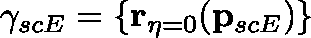
\mathbf { \gamma } _ { s c E } = \{ \mathbf { r } _ { \eta = 0 } ( \mathbf { p } _ { s c E } ) \}